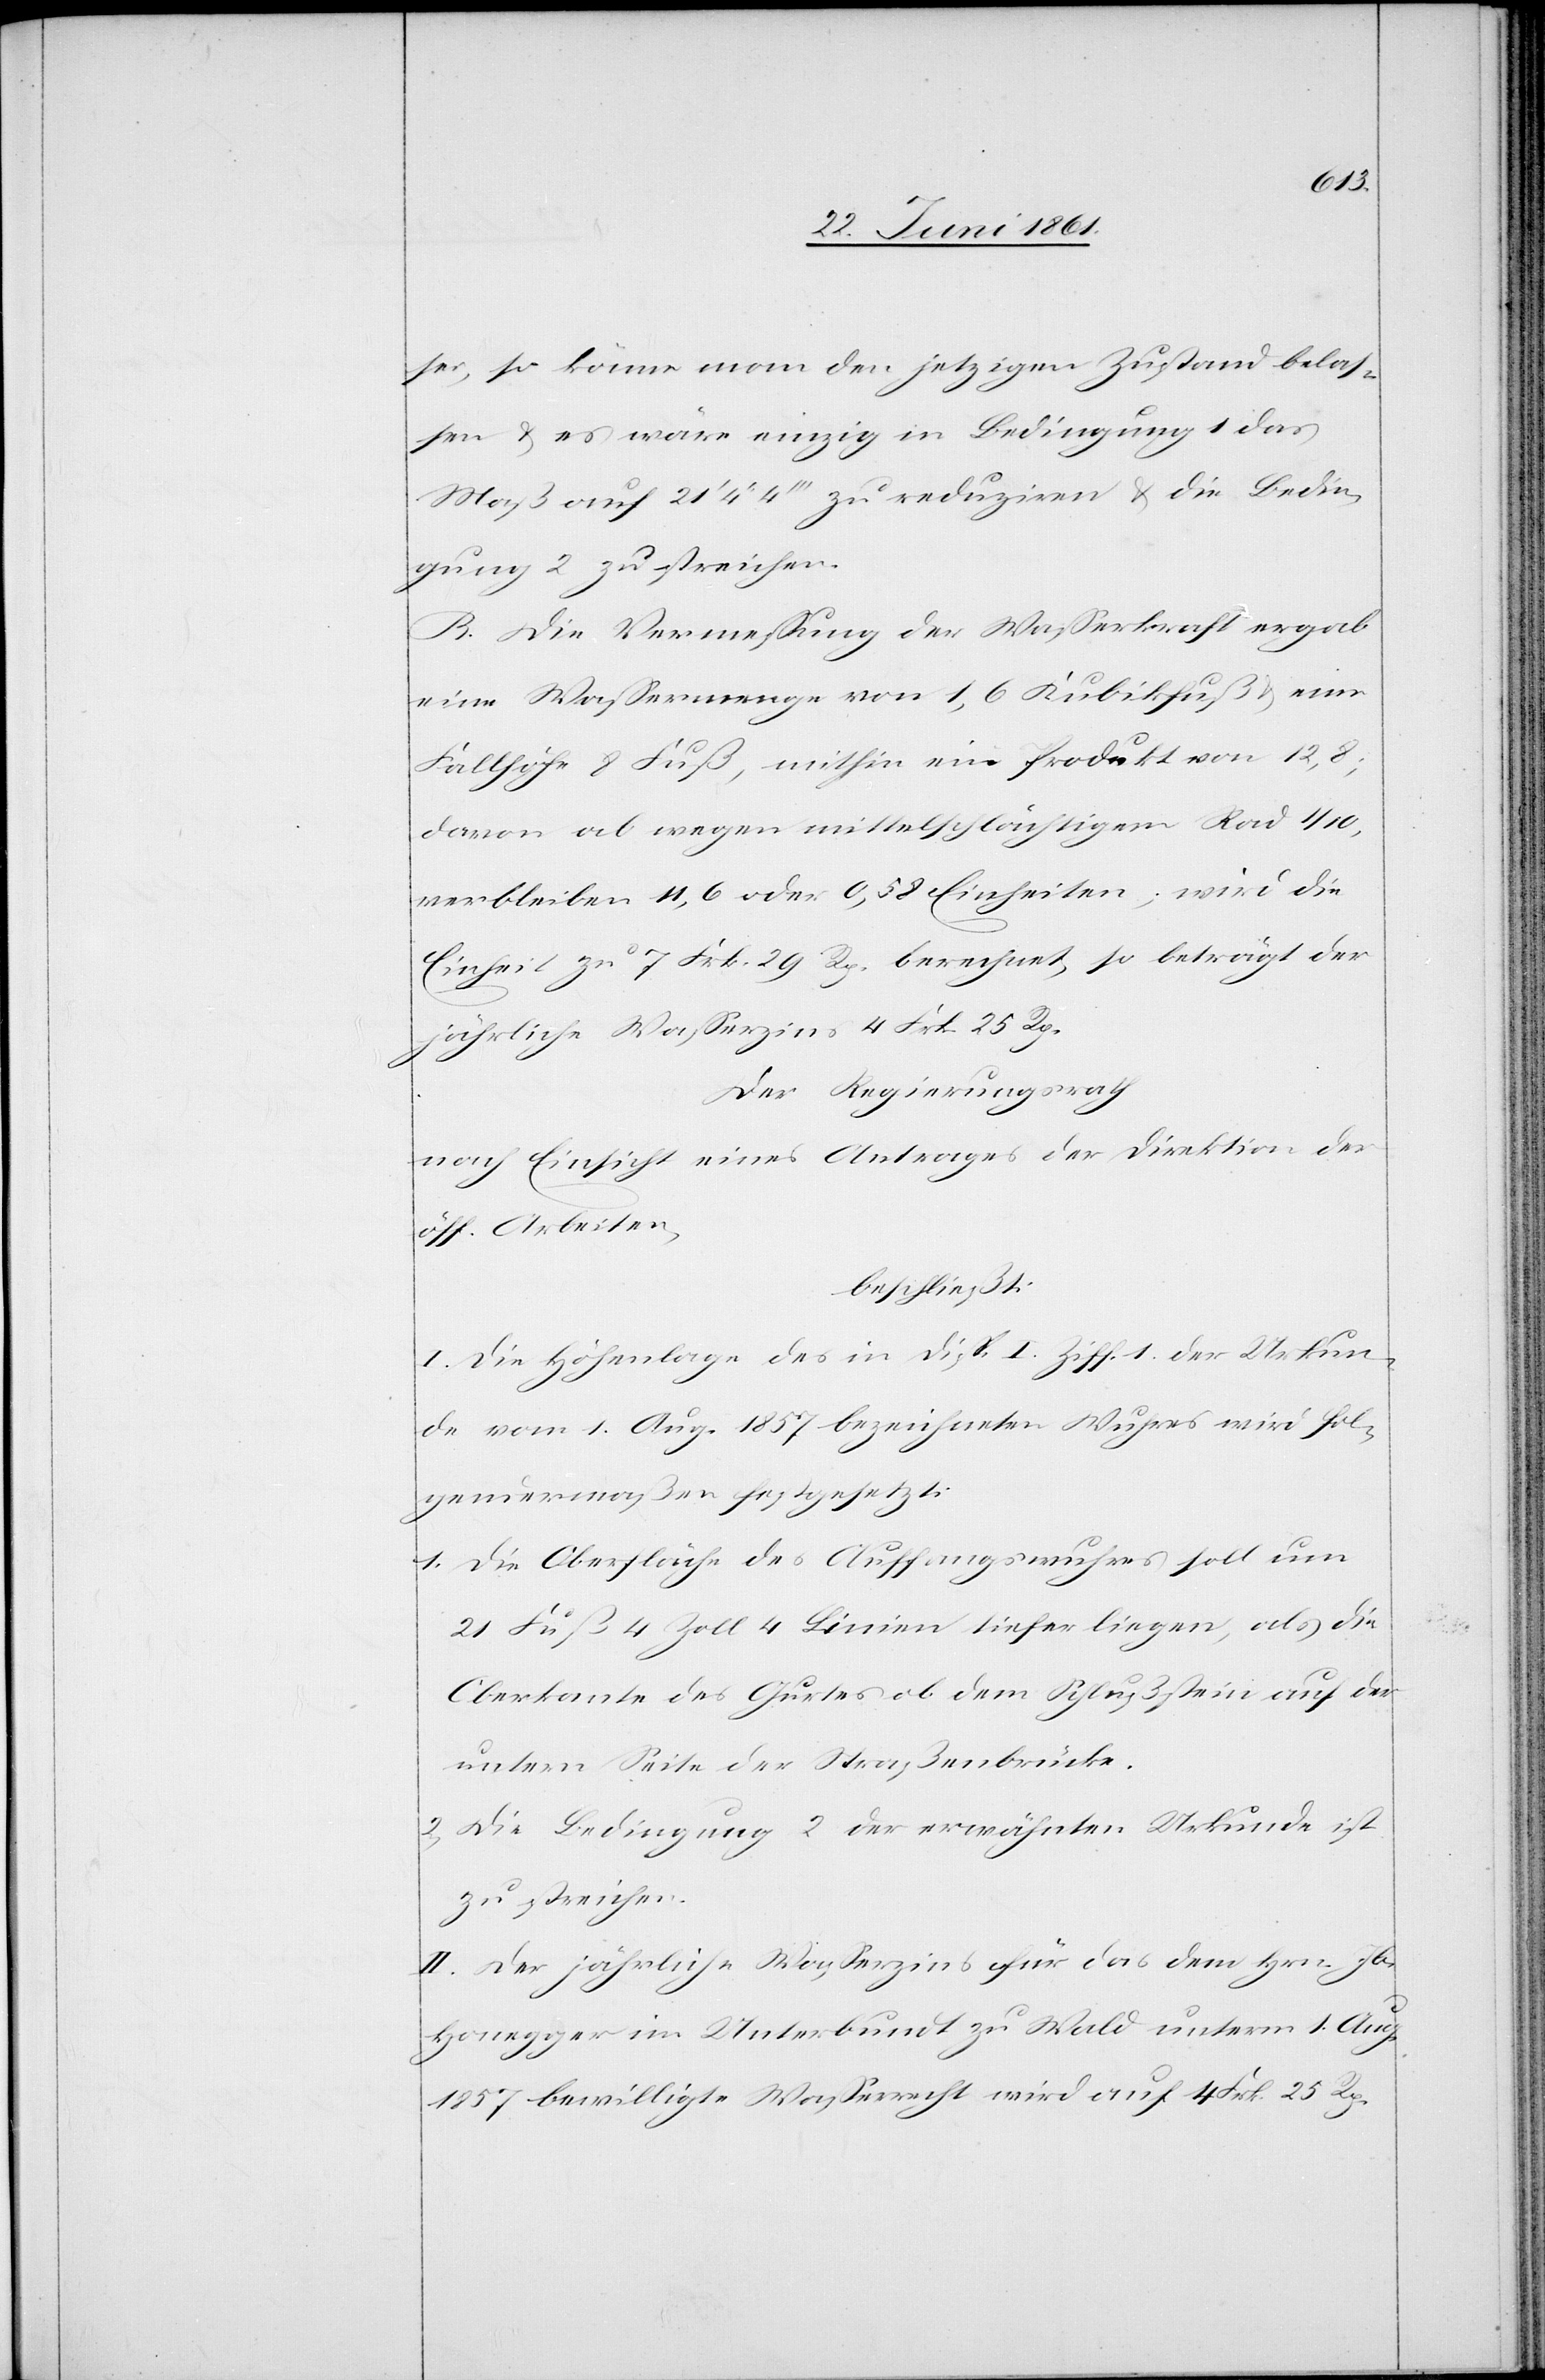
sei, so könne man den jetzigen Zustand belas¬
sen u. es wäre einzig in Bedingung 1 das
Maß auf 21’ 4’’ 4’’’ zu reduziren u. die Bedin¬
gung 2 zu streichen.
B. Die Vermessung der Wasserkraft ergab
eine Wassermenge von 1,6 Kubikfuß u. eine
Fallhöhe [von] 8 Fuß, mithin ein Produkt von 12,8;
davon ab wegen mittelschlächtigem Rad 1/10,
verbleiben 11,6 oder 0,58 Einheiten; wird die
Einheit zu 7 Frk. 29 Rp. berechnet, so beträgt der
jährliche Wasserzins 4 Frk. 25 Rp.
Der Regierungsrath
nach Einsicht eines Antrages der Direktion der
öff. Arbeiten,
beschließt:
I. Die Höhenlage des in Disp. I Ziff. 1 der Urkun¬
de vom 1. Aug. 1857 bezeichneten Wuhres wird fol¬
gendermaßen festgesetzt:
1) Die Oberfläche des Auffangswuhres soll um
21 Fuß 4 Zoll 4 Linien tiefer liegen, als die
Oberkante des Gurtes ob dem Schlußstein auf der
untern Seite der Straßenbrücke.
2) Die Bedingung 2 der erwähnten Urkunde ist
zu streichen.
II. Der jährliche Wasserzins für das dem Hrn. Jb.
Honegger im Unterbundt zu Wald unterm 1. Aug.
1857 bewilligte Wasserrecht wird auf 4 Frk. 25 Rp.